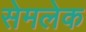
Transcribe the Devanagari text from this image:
सेमलेक